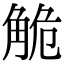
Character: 觤